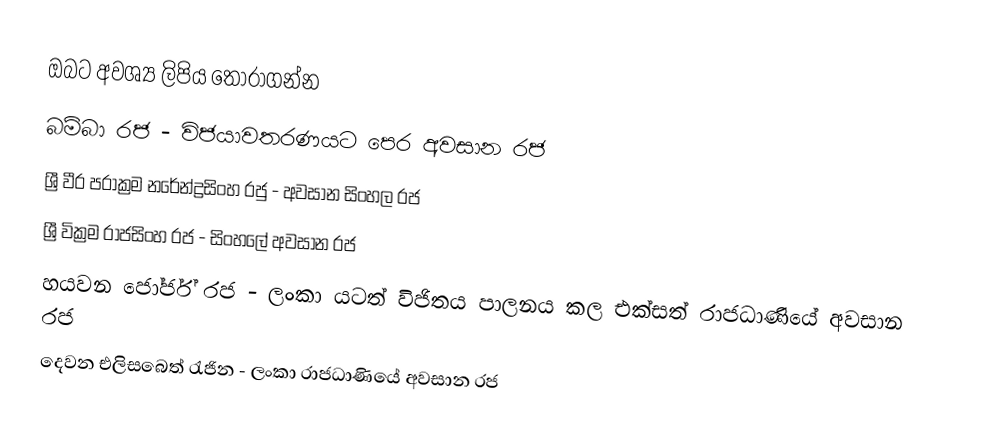
ඔබට අවශ්‍ය ලිපිය තෝරාගන්න
 බම්බා රජ - විජයාවතරණයට පෙර අවසාන රජ
 ශ්‍රී වීර පරාක්‍රම නරේන්ද්‍රසිංහ රජු - අවසාන සිංහල රජ
 ශ්‍රී වික්‍රම රාජසිංහ රජ - සිංහලේ අවසාන රජ
 හයවන ජෝර්ජ් රජ - ලංකා යටත් විජිතය පාලනය කල එක්සත් රාජධාණියේ අවසාන රජ
 දෙවන එලිසබෙත් රැජින - ලංකා රාජධාණියේ අවසාන රජ